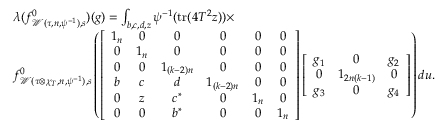
\begin{array} { r l } & { \lambda ( f _ { \mathcal { W } ( \tau , n , \psi ^ { - 1 } ) , s } ^ { 0 } ) ( g ) = \int _ { b , c , d , z } \psi ^ { - 1 } ( \mathrm { t r } ( 4 T ^ { 2 } z ) ) \times } \\ & { f _ { \mathcal { W } ( \tau \otimes \chi _ { T } , n , \psi ^ { - 1 } ) , s } ^ { 0 } \left( \left[ \begin{array} { c c c c c c } { 1 _ { n } } & { 0 } & { 0 } & { 0 } & { 0 } & { 0 } \\ { 0 } & { 1 _ { n } } & { 0 } & { 0 } & { 0 } & { 0 } \\ { 0 } & { 0 } & { 1 _ { ( k - 2 ) n } } & { 0 } & { 0 } & { 0 } \\ { b } & { c } & { d } & { 1 _ { ( k - 2 ) n } } & { 0 } & { 0 } \\ { 0 } & { z } & { c ^ { \ast } } & { 0 } & { 1 _ { n } } & { 0 } \\ { 0 } & { 0 } & { b ^ { \ast } } & { 0 } & { 0 } & { 1 _ { n } } \end{array} \right] \left[ \begin{array} { c c c } { g _ { 1 } } & { 0 } & { g _ { 2 } } \\ { 0 } & { 1 _ { 2 n ( k - 1 ) } } & { 0 } \\ { g _ { 3 } } & { 0 } & { g _ { 4 } } \end{array} \right] \right) d u . } \end{array}